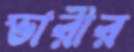
ভারীর